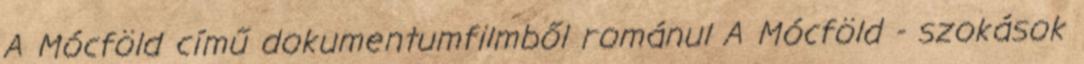
A Mócföld című dokumentumfilmből románul A Mócföld - szokások